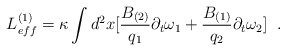
\begin{align*} L^{(1)}_{eff}=\kappa\int d^{2}x[\frac{B_{(2)}}{q_{1}}\partial_{t}\omega_{1} +\frac{B_{(1)}}{q_{2}}\partial_{t}\omega_{2}] \;\;.\end{align*}